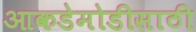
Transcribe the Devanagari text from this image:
आकडेमोडीसाठी